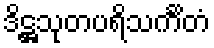
ဒိဋ္ဌသုတပရိသင်္ကိတံ